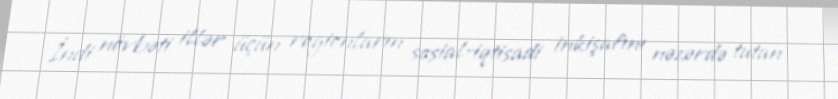
İndi növbəti illər üçün regionların sosial-iqtisadi inkişafını nəzərdə tutan